Civil Veterinary Dept. Assam report 1927-50 - 1927-1950
Year: 1927
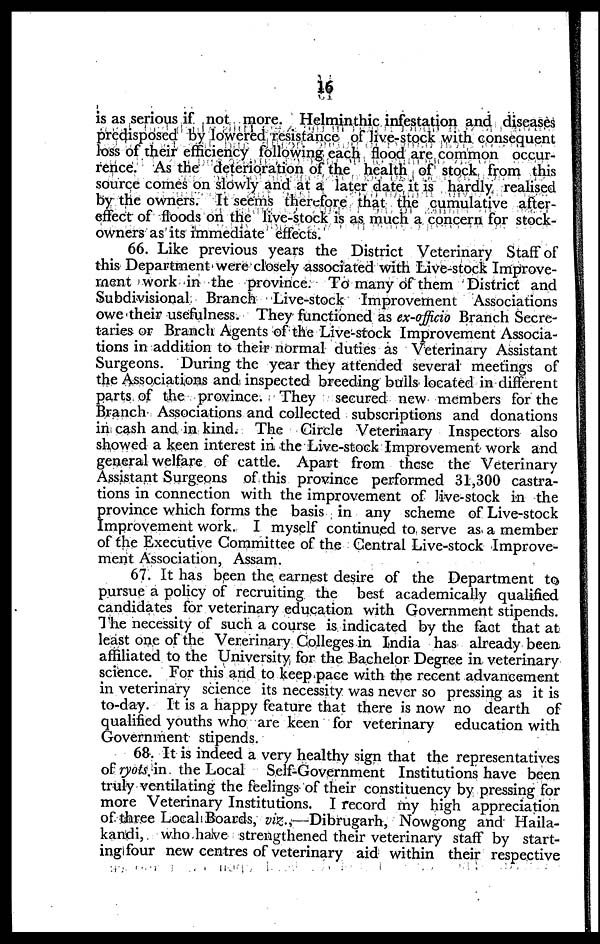
16
is as serious if not more. Helminthic infestation and diseases
predisposed by lowered resistance of live-stock with consequent
loss of their efficiency following each flood are common occur-
rence. As the deterioration of the health of stock from this
source comes on slowly and at a later date it is hardly realised
by the owners. It seems therefore that the cumulative after-
effect of floods on the live-stock is as much a concern for stock-
owners as its immediate effects.
66. Like previous years the District Veterinary Staff of
this Department were closely associated with Live-stock Improve-
ment work in the province. To many of them District and
Subdivisional Branch Live-stock Improvement Associations
owe their usefulness. They functioned as ex-officio Branch Secre-
taries or Branch Agents of the Live-stock Improvement Associa-
tions in addition to their normal duties as Veterinary Assistant
Surgeons. During the year they attended several meetings of
the Associations and inspected breeding bulls located in different
parts of the province. They secured new members for the
Branch Associations and collected subscriptions and donations
in cash and in kind. The Circle Veterinary Inspectors also
showed a keen interest in the Live-stock Improvement work and
general welfare of cattle. Apart from these the Veterinary
Assistant Surgeons of this province performed 31,300 castra-
tions in connection with the improvement of live-stock in the
province which forms the basis in any scheme of Live-stock
Improvement work. I myself continued to serve as a member
of the Executive Committee of the Central Live-stock Improve-
ment Association, Assam.
67. It has been the earnest desire of the Department to
pursue a policy of recruiting the best academically qualified
candidates for veterinary education with Government stipends.
The necessity of such a course is indicated by the fact that at
least one of the Vererinary Colleges in India has already been
affiliated to the University for the Bachelor Degree in veterinary
science. For this and to keep pace with the recent advancement
in veterinary science its necessity was never so pressing as it is
to-day. It is a happy feature that there is now no dearth of
qualified youths who arc keen for veterinary education with
Government stipends.
68. It is indeed a very healthy sign that the representatives
of ryots, in the Local Self-Government Institutions have been
truly ventilating the feelings of their constituency by pressing for
more Veterinary Institutions. I record my high appreciation
of three Local Boards, viz.,—Dibrugarh, Nowgong and Haila-
kandi, who have strengthened their veterinary staff by start-
ing four new centres of veterinary aid within their respective